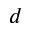
^ d